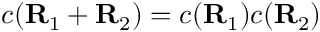
c ( \mathbf { R } _ { 1 } + \mathbf { R } _ { 2 } ) = c ( \mathbf { R } _ { 1 } ) c ( \mathbf { R } _ { 2 } )